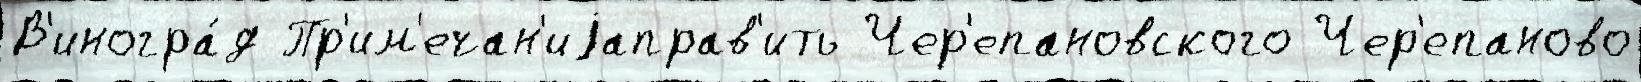
В'иногра́д Пр'им'ечан'иjаправ'ить Чер'епановского Чер'епаново